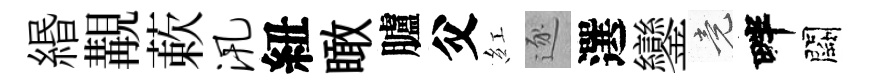
緡覯蔌汛紐瞰臚父紅逐選鑾竟畔闕